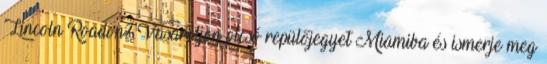
Lincoln Roadon? Vásároljon olcsó repülőjegyet Miamiba és ismerje meg